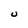
Character: U